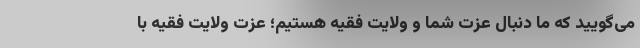
می‌گویید که ما دنبال عزت شما و ولایت فقیه هستیم؛ عزت ولایت فقیه با